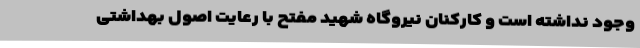
وجود نداشته است و کارکنان نیروگاه شهید مفتح با رعایت اصول بهداشتی